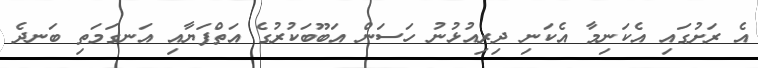
އެ ރަށުގައި އެކަނިމާ އެކަނި ދިރިއުޅުނު ހަސަން އަބޫބަކުރުގެ އަތްފަޔާއި އަނގަމަތި ބަނދެ